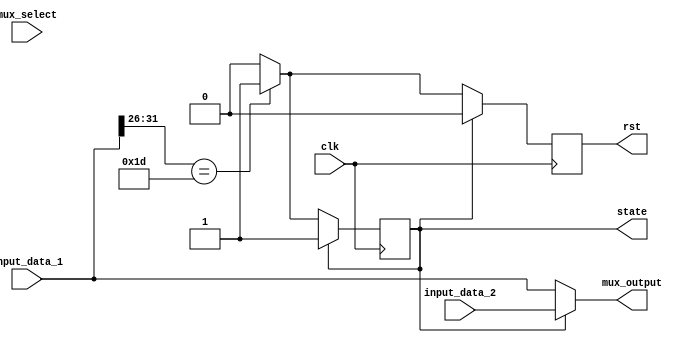
module MUX_BIOS(mux_select, clk, rst, input_data_1, input_data_2, mux_output, state);

	parameter DATA_WIDTH = 32;
	input mux_select, clk;
	input [(DATA_WIDTH-1):0] input_data_1, input_data_2;
	output [(DATA_WIDTH-1):0] mux_output;	
	output reg rst;
	output reg state;
	
	localparam BIOS = 1'b0, MEMORY = 1'b1;
	localparam HALT = 6'b011101;
	
	initial begin
		state <= BIOS;
	end

	always @ ( posedge clk ) 	
	begin		
			if (state == BIOS)
				begin
					case(input_data_1[31:26])
						HALT: 
							begin
								state <= MEMORY;
								rst <= 1'b1;
							end
					default:	
						begin
							rst <= 1'b0;
						end
					endcase
				end
			else
				begin
					rst <= 1'b0;
				end		
	end
	
	assign mux_output = (state == BIOS) ? input_data_1 : input_data_2;
	
endmodule